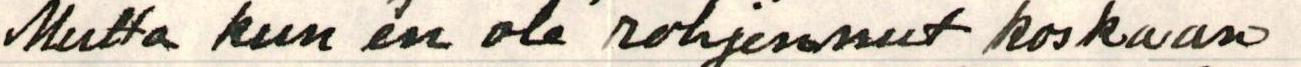
Mutta kun en ole rohjennut koskaan